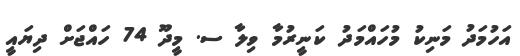
އަހުމަދު މަނިކު މުހައްމަދު ކަނީރުމާ ވިލާ ސ. މީދޫ 74 ހައްޖަށް ދިޔައީ